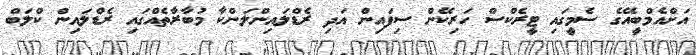
އަށްއެމްބީއޭގެ ސެމީގައި ޓީރެކްސް ހަރިކޭން ސިފައިން އަދި ރެޑްލައިންލަންކާ މުބާރާތެއްގައި ރެޑްލައިން ކްލަބް